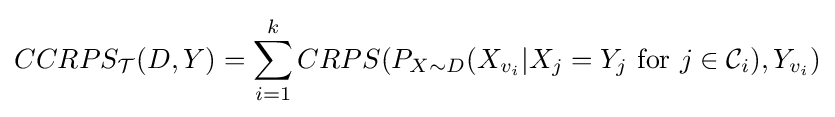
CCRPS_{\mathcal {T}}(D,Y)=\sum _{i=1}^{k}CRPS(P_{X\sim D}(X_{v_{i}}|X_{j}=Y_{j}{\text{ for }}j\in {\mathcal {C}}_{i}),Y_{v_{i}})